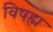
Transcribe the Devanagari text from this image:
विषह्म